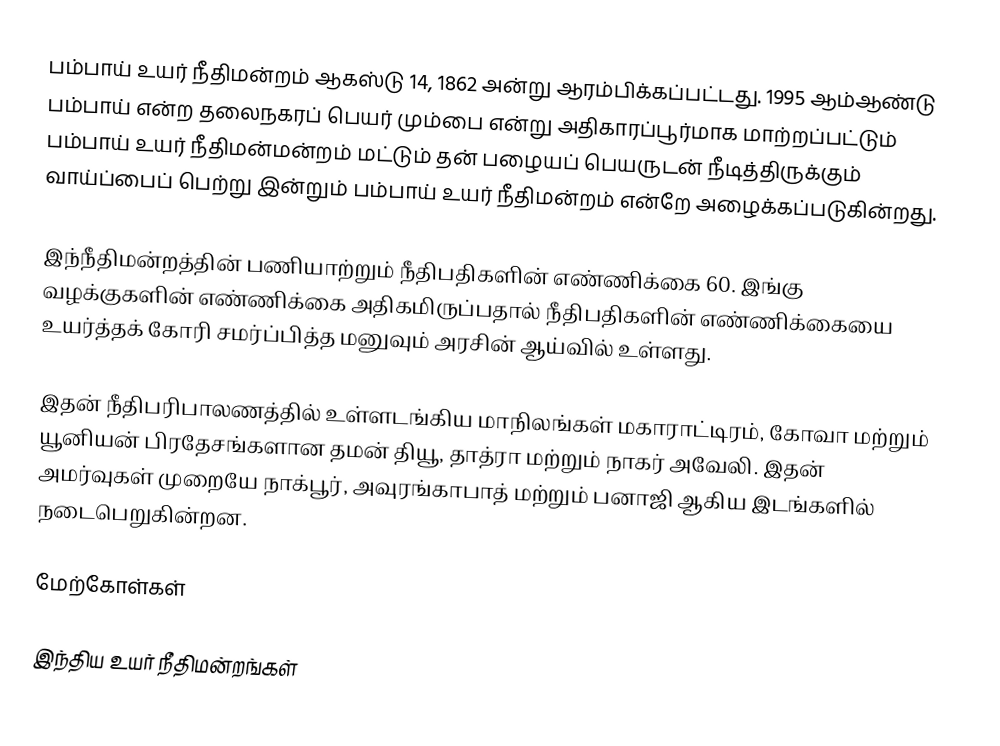
பம்பாய் உயர் நீதிமன்றம் ஆகஸ்டு 14, 1862 அன்று ஆரம்பிக்கப்பட்டது. 1995 ஆம்ஆண்டு பம்பாய் என்ற தலைநகரப் பெயர் மும்பை என்று அதிகாரப்பூர்மாக மாற்றப்பட்டும் பம்பாய் உயர் நீதிமன்மன்றம் மட்டும் தன் பழையப் பெயருடன் நீடித்திருக்கும் வாய்ப்பைப் பெற்று இன்றும் பம்பாய் உயர் நீதிமன்றம் என்றே அழைக்கப்படுகின்றது.

இந்நீதிமன்றத்தின் பணியாற்றும் நீதிபதிகளின் எண்ணிக்கை 60. இங்கு வழக்குகளின் எண்ணிக்கை அதிகமிருப்பதால் நீதிபதிகளின் எண்ணிக்கையை உயர்த்தக் கோரி சமர்ப்பித்த மனுவும் அரசின் ஆய்வில் உள்ளது.

இதன் நீதிபரிபாலணத்தில் உள்ளடங்கிய மாநிலங்கள் மகாராட்டிரம், கோவா மற்றும் யூனியன் பிரதேசங்களான தமன் தியூ, தாத்ரா மற்றும் நாகர் அவேலி. இதன் அமர்வுகள் முறையே நாக்பூர், அவுரங்காபாத் மற்றும் பனாஜி ஆகிய இடங்களில் நடைபெறுகின்றன.

மேற்கோள்கள்

இந்திய உயர் நீதிமன்றங்கள்